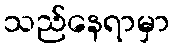
သည်နေရာမှာ